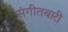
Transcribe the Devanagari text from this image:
संगीतबारी